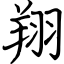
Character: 翔